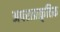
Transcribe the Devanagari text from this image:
अपराप्राकृतिक